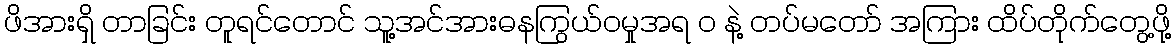
ဖိအားရှိ တာခြင်း တူရင်တောင် သူ့အင်အားဓနကြွယ်ဝမှုအရ ၀ နဲ့ တပ်မတော် အကြား ထိပ်တိုက်တွေ့ဖို့